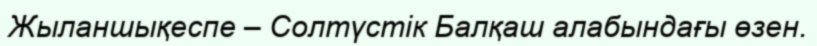
Жыланшықеспе – Солтүстік Балқаш алабындағы өзен.